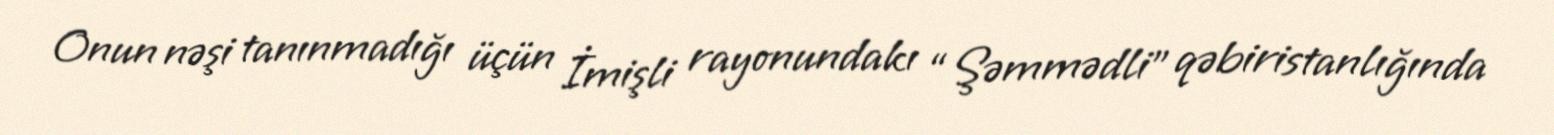
Onun nəşi tanınmadığı üçün İmişli rayonundakı “Şəmmədli” qəbiristanlığında